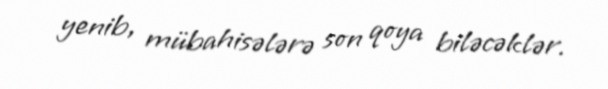
yenib, mübahisələrə son qoya biləcəklər.